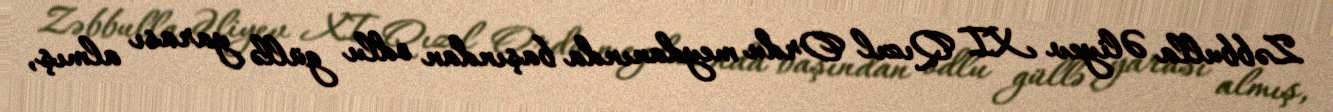
Zəbbulla Əliyev XI Qızıl Ordu meydanında başından odlu güllə yarası almış,